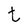
Character: t